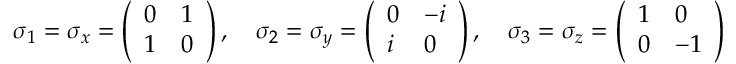
\sigma _ { 1 } = \sigma _ { x } = { \left( \begin{array} { l l } { 0 } & { 1 } \\ { 1 } & { 0 } \end{array} \right) } \, , \quad \sigma _ { 2 } = \sigma _ { y } = { \left( \begin{array} { l l } { 0 } & { - i } \\ { i } & { 0 } \end{array} \right) } \, , \quad \sigma _ { 3 } = \sigma _ { z } = { \left( \begin{array} { l l } { 1 } & { 0 } \\ { 0 } & { - 1 } \end{array} \right) }